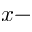
x -